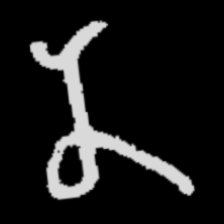
Pyu character \u2014 Myanmar letter: န (romanized: na)